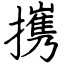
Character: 㩗